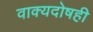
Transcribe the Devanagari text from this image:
वाक्यदोषही